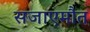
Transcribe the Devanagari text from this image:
सजाएमौत